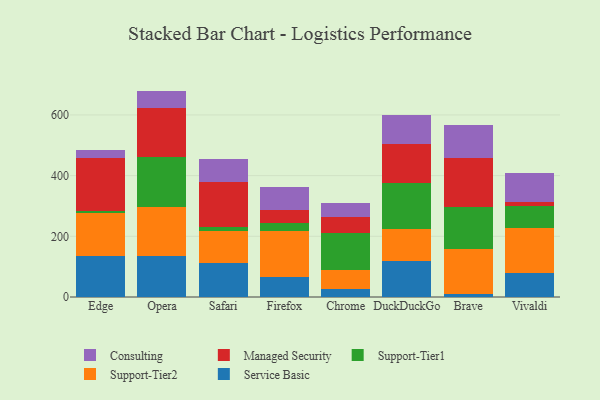
{"axis": {"x": "Browser", "y": "Headcount"}, "legend": ["Consulting", "Managed Security", "Service Basic", "Support-Tier1", "Support-Tier2"], "data": [{"x": "Edge", "y": 136.4, "type": "Service Basic"}, {"x": "Edge", "y": 138.8, "type": "Support-Tier2"}, {"x": "Edge", "y": 6.8, "type": "Support-Tier1"}, {"x": "Edge", "y": 176.4, "type": "Managed Security"}, {"x": "Edge", "y": 26.1, "type": "Consulting"}, {"x": "Opera", "y": 135.1, "type": "Service Basic"}, {"x": "Opera", "y": 162.7, "type": "Support-Tier2"}, {"x": "Opera", "y": 164.3, "type": "Support-Tier1"}, {"x": "Opera", "y": 159.7, "type": "Managed Security"}, {"x": "Opera", "y": 57.5, "type": "Consulting"}, {"x": "Safari", "y": 111.1, "type": "Service Basic"}, {"x": "Safari", "y": 107.0, "type": "Support-Tier2"}, {"x": "Safari", "y": 14.1, "type": "Support-Tier1"}, {"x": "Safari", "y": 146.3, "type": "Managed Security"}, {"x": "Safari", "y": 76.3, "type": "Consulting"}, {"x": "Firefox", "y": 66.1, "type": "Service Basic"}, {"x": "Firefox", "y": 151.2, "type": "Support-Tier2"}, {"x": "Firefox", "y": 26.9, "type": "Support-Tier1"}, {"x": "Firefox", "y": 42.4, "type": "Managed Security"}, {"x": "Firefox", "y": 74.8, "type": "Consulting"}, {"x": "Chrome", "y": 27.9, "type": "Service Basic"}, {"x": "Chrome", "y": 62.7, "type": "Support-Tier2"}, {"x": "Chrome", "y": 118.9, "type": "Support-Tier1"}, {"x": "Chrome", "y": 53.8, "type": "Managed Security"}, {"x": "Chrome", "y": 46.0, "type": "Consulting"}, {"x": "DuckDuckGo", "y": 118.6, "type": "Service Basic"}, {"x": "DuckDuckGo", "y": 105.9, "type": "Support-Tier2"}, {"x": "DuckDuckGo", "y": 150.5, "type": "Support-Tier1"}, {"x": "DuckDuckGo", "y": 129.6, "type": "Managed Security"}, {"x": "DuckDuckGo", "y": 94.7, "type": "Consulting"}, {"x": "Brave", "y": 9.8, "type": "Service Basic"}, {"x": "Brave", "y": 149.1, "type": "Support-Tier2"}, {"x": "Brave", "y": 137.9, "type": "Support-Tier1"}, {"x": "Brave", "y": 159.7, "type": "Managed Security"}, {"x": "Brave", "y": 110.9, "type": "Consulting"}, {"x": "Vivaldi", "y": 77.7, "type": "Service Basic"}, {"x": "Vivaldi", "y": 148.2, "type": "Support-Tier2"}, {"x": "Vivaldi", "y": 73.5, "type": "Support-Tier1"}, {"x": "Vivaldi", "y": 13.0, "type": "Managed Security"}, {"x": "Vivaldi", "y": 96.0, "type": "Consulting"}]}